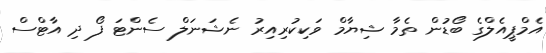
އެމްޕީއެލްގެ ބޯޑުން ތެމާ ޝިޔާމް ވަކިކުރިއިރު ނެޝަނަލް ސެންޓަ ފޯ ދި އާޓްސް